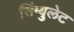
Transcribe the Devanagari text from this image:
सिंग्युलेट